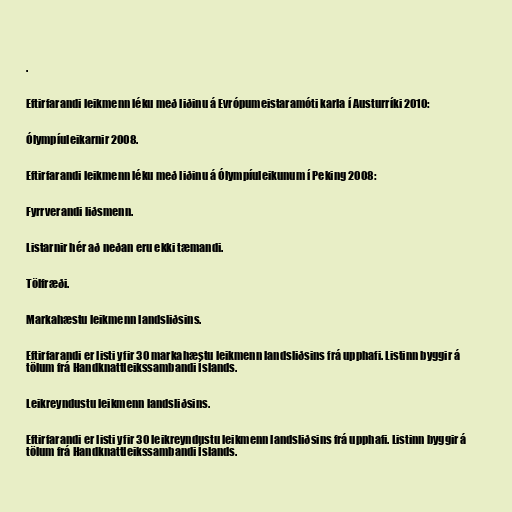
.

Eftirfarandi leikmenn léku með liðinu á Evrópumeistaramóti karla í Austurríki 2010:

Ólympíuleikarnir 2008.

Eftirfarandi leikmenn léku með liðinu á Ólympíuleikunum í Peking 2008:

Fyrrverandi liðsmenn.

Listarnir hér að neðan eru ekki tæmandi.

Tölfræði.

Markahæstu leikmenn landsliðsins.

Eftirfarandi er listi yfir 30 markahæstu leikmenn landsliðsins frá upphafi. Listinn byggir á
tölum frá Handknattleikssambandi Íslands.

Leikreyndustu leikmenn landsliðsins.

Eftirfarandi er listi yfir 30 leikreyndustu leikmenn landsliðsins frá upphafi. Listinn byggir á
tölum frá Handknattleikssambandi Íslands.